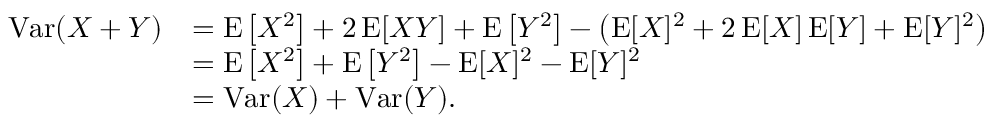
{ \begin{array} { r l } { \operatorname { V a r } ( X + Y ) } & { = \operatorname { E } \left[ X ^ { 2 } \right] + 2 \operatorname { E } [ X Y ] + \operatorname { E } \left[ Y ^ { 2 } \right] - \left( \operatorname { E } [ X ] ^ { 2 } + 2 \operatorname { E } [ X ] \operatorname { E } [ Y ] + \operatorname { E } [ Y ] ^ { 2 } \right) } \\ & { = \operatorname { E } \left[ X ^ { 2 } \right] + \operatorname { E } \left[ Y ^ { 2 } \right] - \operatorname { E } [ X ] ^ { 2 } - \operatorname { E } [ Y ] ^ { 2 } } \\ & { = \operatorname { V a r } ( X ) + \operatorname { V a r } ( Y ) . } \end{array} }